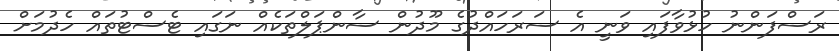
ރަސްފަންނު ހުޅުވާފައި ވަނީ އެ ސަރަހައްދުގެ މޫދުން ސާންޕަލްތަކެއް ނަގައި ޓެސްޓުތައް ހެދުމަށް